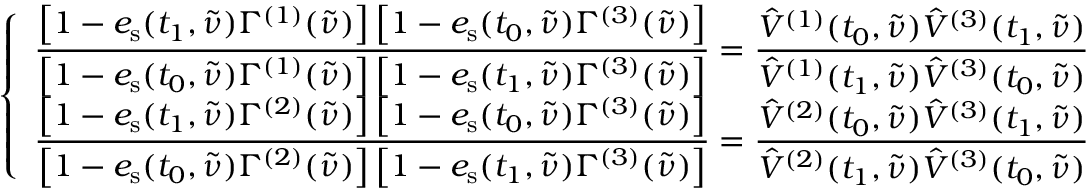
\left\{ \begin{array} { l } { \displaystyle \frac { \left[ 1 - e _ { \mathrm { s } } ( t _ { 1 } , \tilde { \nu } ) \Gamma ^ { ( 1 ) } ( \tilde { \nu } ) \right] \left[ 1 - e _ { \mathrm { s } } ( t _ { 0 } , \tilde { \nu } ) \Gamma ^ { ( 3 ) } ( \tilde { \nu } ) \right] } { \left[ 1 - e _ { \mathrm { s } } ( t _ { 0 } , \tilde { \nu } ) \Gamma ^ { ( 1 ) } ( \tilde { \nu } ) \right] \left[ 1 - e _ { \mathrm { s } } ( t _ { 1 } , \tilde { \nu } ) \Gamma ^ { ( 3 ) } ( \tilde { \nu } ) \right] } = \frac { \hat { V } ^ { ( 1 ) } ( t _ { 0 } , \tilde { \nu } ) \hat { V } ^ { ( 3 ) } ( t _ { 1 } , \tilde { \nu } ) } { \hat { V } ^ { ( 1 ) } ( t _ { 1 } , \tilde { \nu } ) \hat { V } ^ { ( 3 ) } ( t _ { 0 } , \tilde { \nu } ) } } \\ { \displaystyle \frac { \left[ 1 - e _ { \mathrm { s } } ( t _ { 1 } , \tilde { \nu } ) \Gamma ^ { ( 2 ) } ( \tilde { \nu } ) \right] \left[ 1 - e _ { \mathrm { s } } ( t _ { 0 } , \tilde { \nu } ) \Gamma ^ { ( 3 ) } ( \tilde { \nu } ) \right] } { \left[ 1 - e _ { \mathrm { s } } ( t _ { 0 } , \tilde { \nu } ) \Gamma ^ { ( 2 ) } ( \tilde { \nu } ) \right] \left[ 1 - e _ { \mathrm { s } } ( t _ { 1 } , \tilde { \nu } ) \Gamma ^ { ( 3 ) } ( \tilde { \nu } ) \right] } = \frac { \hat { V } ^ { ( 2 ) } ( t _ { 0 } , \tilde { \nu } ) \hat { V } ^ { ( 3 ) } ( t _ { 1 } , \tilde { \nu } ) } { \hat { V } ^ { ( 2 ) } ( t _ { 1 } , \tilde { \nu } ) \hat { V } ^ { ( 3 ) } ( t _ { 0 } , \tilde { \nu } ) } } \end{array} \right.